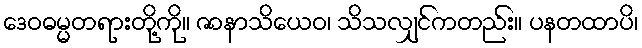
ဒေဝဓမ္မတရားတို့ကို။ ဇာနာသိယေဝ၊ သိသလျှင်ကတည်း။ ပနတထာပိ၊